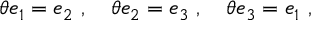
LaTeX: \theta e _ { 1 } = e _ { 2 } ~ , ~ ~ ~ \theta e _ { 2 } = e _ { 3 } ~ , ~ ~ ~ \theta e _ { 3 } = e _ { 1 } ~ ,